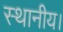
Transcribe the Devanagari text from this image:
स्‍थानीय।